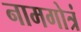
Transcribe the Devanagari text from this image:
नामगोत्रं